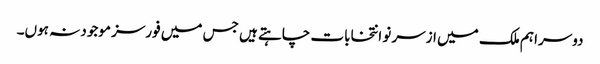
دوسرا ہم ملک میں ازسر نو انتخابات چاہتے ہیں جس میں فورسز موجود نہ ہوں۔